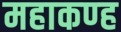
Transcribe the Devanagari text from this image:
महाकण्ह